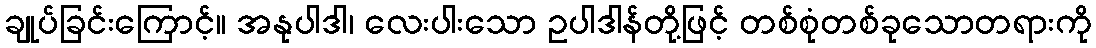
ချုပ်ခြင်းကြောင့်။ အနုပါဒါ၊ လေးပါးသော ဥပါဒါန်တို့ဖြင့် တစ်စုံတစ်ခုသောတရားကို